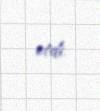
etdi.